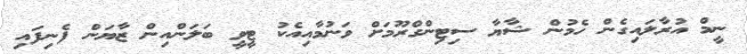
ނީމް އުރާލައިގެން ހެމުން ޝާޔާ ސިޓިންގްރޫމަށް ވަނުމާއިއެކު ޓީވީ ބަލަންއިން ޒާޔަން ފެނިފައި